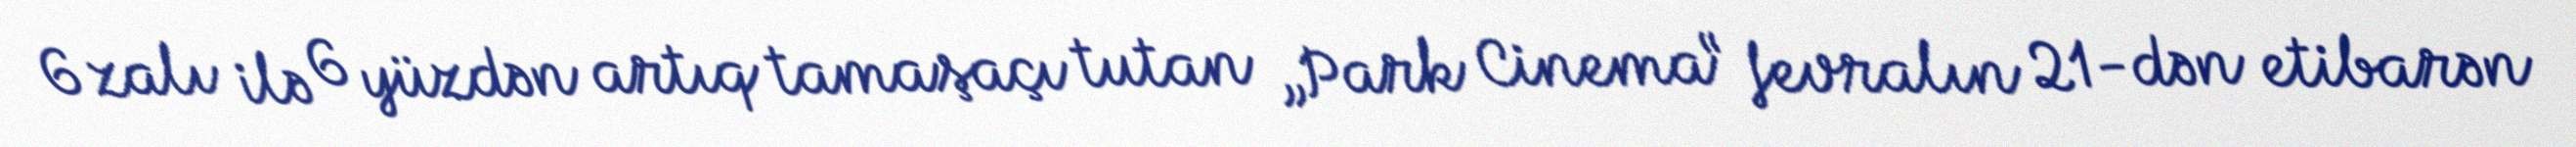
6 zalı ilə 6 yüzdən artıq tamaşaçı tutan „Park Cinema“ fevralın 21-dən etibarən